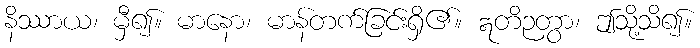
နိဿာယ၊ မှီ၍။ မာနော၊ မာန်တက်ခြင်းရှိ၏။ ဣတိဉတွာ၊ ဤသို့သိ၍။